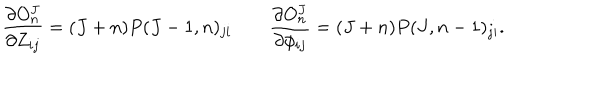
{ \frac { \partial O _ { n } ^ { J } } { \partial Z _ { i j } } } = ( J + n ) P ( J - 1 , n ) _ { j i } \qquad { \frac { \partial O _ { n } ^ { J } } { \partial \phi _ { i j } } } = ( J + n ) P ( J , n - 1 ) _ { j i } .